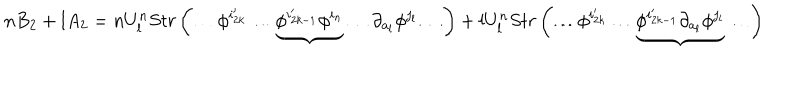
n B _ { 2 } + l A _ { 2 } = n U _ { l } ^ { n } S t r \left( \ldots \phi ^ { i _ { 2 k } ^ { \prime } } \ldots \underbrace { \phi ^ { i _ { 2 k - 1 } ^ { \prime } } \phi ^ { i _ { n } } } \ldots \partial _ { a _ { l } } \phi ^ { j _ { l } } \ldots \right) + l U _ { l } ^ { n } S t r \left( \ldots \phi ^ { i _ { 2 k } ^ { \prime } } \ldots \underbrace { \phi ^ { i _ { 2 k - 1 } ^ { \prime } } \partial _ { a _ { l } } \phi ^ { j _ { l } } } \ldots \right)